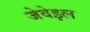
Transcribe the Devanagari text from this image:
जेवेइल